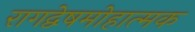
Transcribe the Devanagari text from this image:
रागद्वेषमोहात्मक